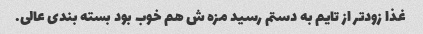
غذا زودتر از تایم به دستم رسید مزه ش هم خوب بود بسته بندی عالی.